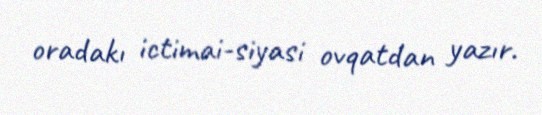
oradakı ictimai-siyasi ovqatdan yazır.